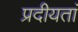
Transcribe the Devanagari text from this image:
प्रदीयतां